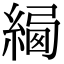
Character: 𦂷